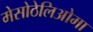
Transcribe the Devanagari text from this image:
मेसोठेलिओमा